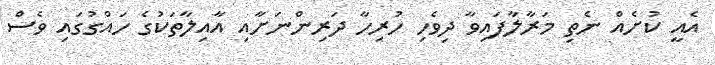
އެއީ ކުށެއް ނެތި މަރާލާފައިވާ ދިވެހި ހުރިހާ ދަރިންނަށާއި އާއިލާތަކުގެ ހައްގުގައި ވެސް